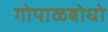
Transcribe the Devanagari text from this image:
गोपाळबोधो